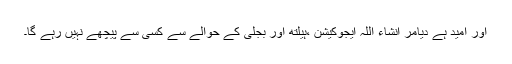
اور امید ہے دیامر انشاء اللہ ایجوکیشن ،ہیلتھ اور بجلی کے حوالے سے کسی سے پیچھے نہیں رہے گا۔